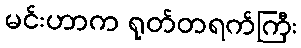
မင်းဟာက ရုတ်တရက်ကြီး